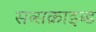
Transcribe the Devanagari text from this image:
सब्सक्राइब्ड